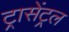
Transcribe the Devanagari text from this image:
ट्रासेंट्रल